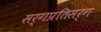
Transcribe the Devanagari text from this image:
सर्गप्रतिसर्ग